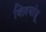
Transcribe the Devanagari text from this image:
क्ज़ियांग्नू